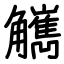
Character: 觽